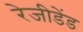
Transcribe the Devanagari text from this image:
रेजीडेंड